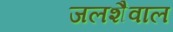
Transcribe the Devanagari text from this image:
जलशैवाल